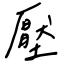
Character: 壓